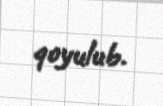
qoyulub.